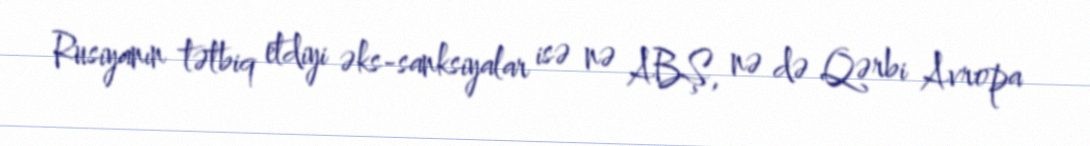
Rusiyanın tətbiq etdiyi əks-sanksiyalar isə nə ABŞ, nə də Qərbi Avropa